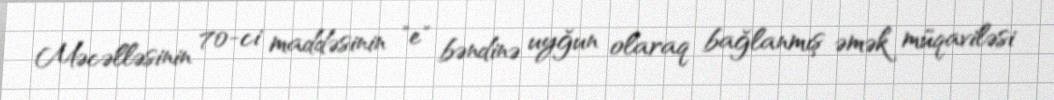
Məcəlləsinin 70-ci maddəsinin "e" bəndinə uyğun olaraq bağlanmış əmək müqaviləsi